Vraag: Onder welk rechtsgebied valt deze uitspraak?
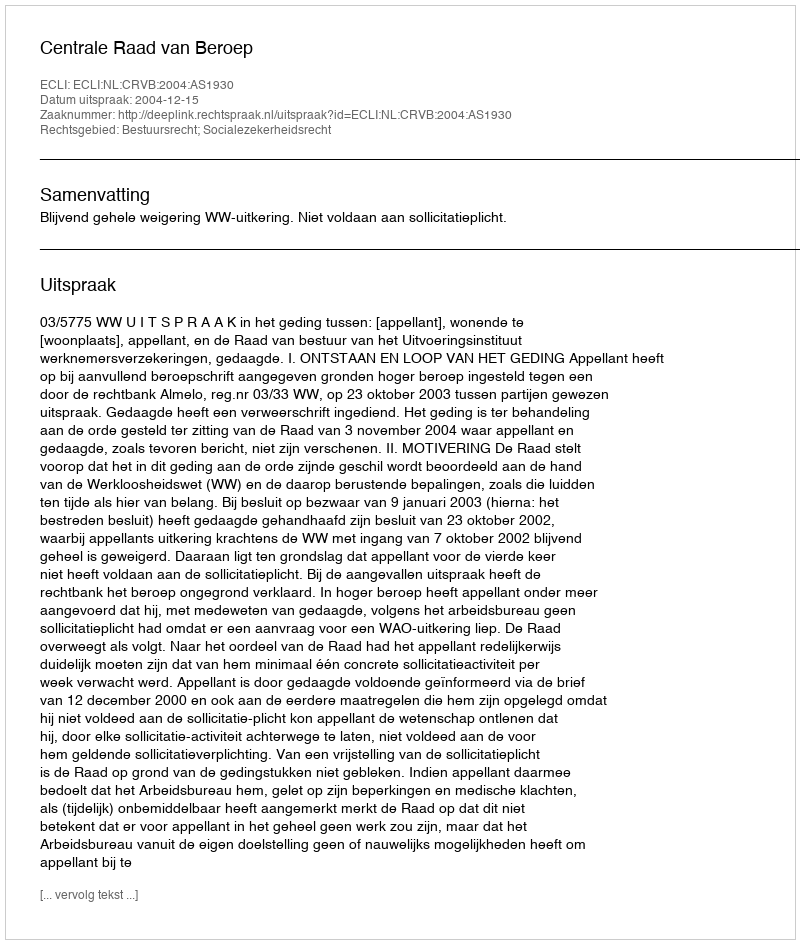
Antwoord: Bestuursrecht; Socialezekerheidsrecht